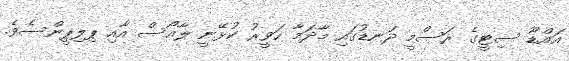
އައްޑޫ ސިޓީގެ ރަސްމީ ދަނޑުގައި މާދަމާ ހަވީރު ކުޅޭނީ ލާއޯސް އާއި ޕިލިޕީންސެވެ.